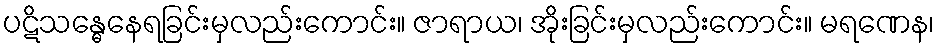
ပဋိသန္ဓေနေရခြင်းမှလည်းကောင်း။ ဇာရာယ၊ အိုးခြင်းမှလည်းကောင်း။ မရဏေန၊